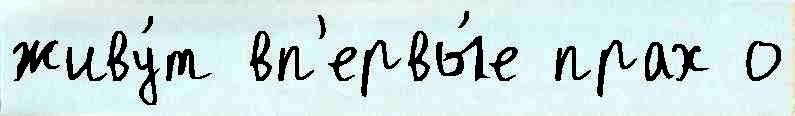
живу́т вп'ервы́е прах о